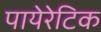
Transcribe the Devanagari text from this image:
पायेरेटिक